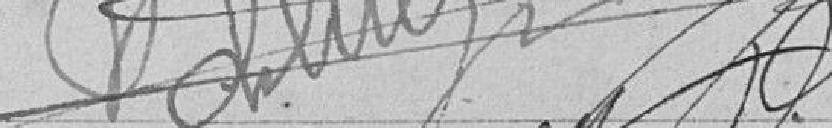
VALLUEZ ??